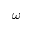
\omega